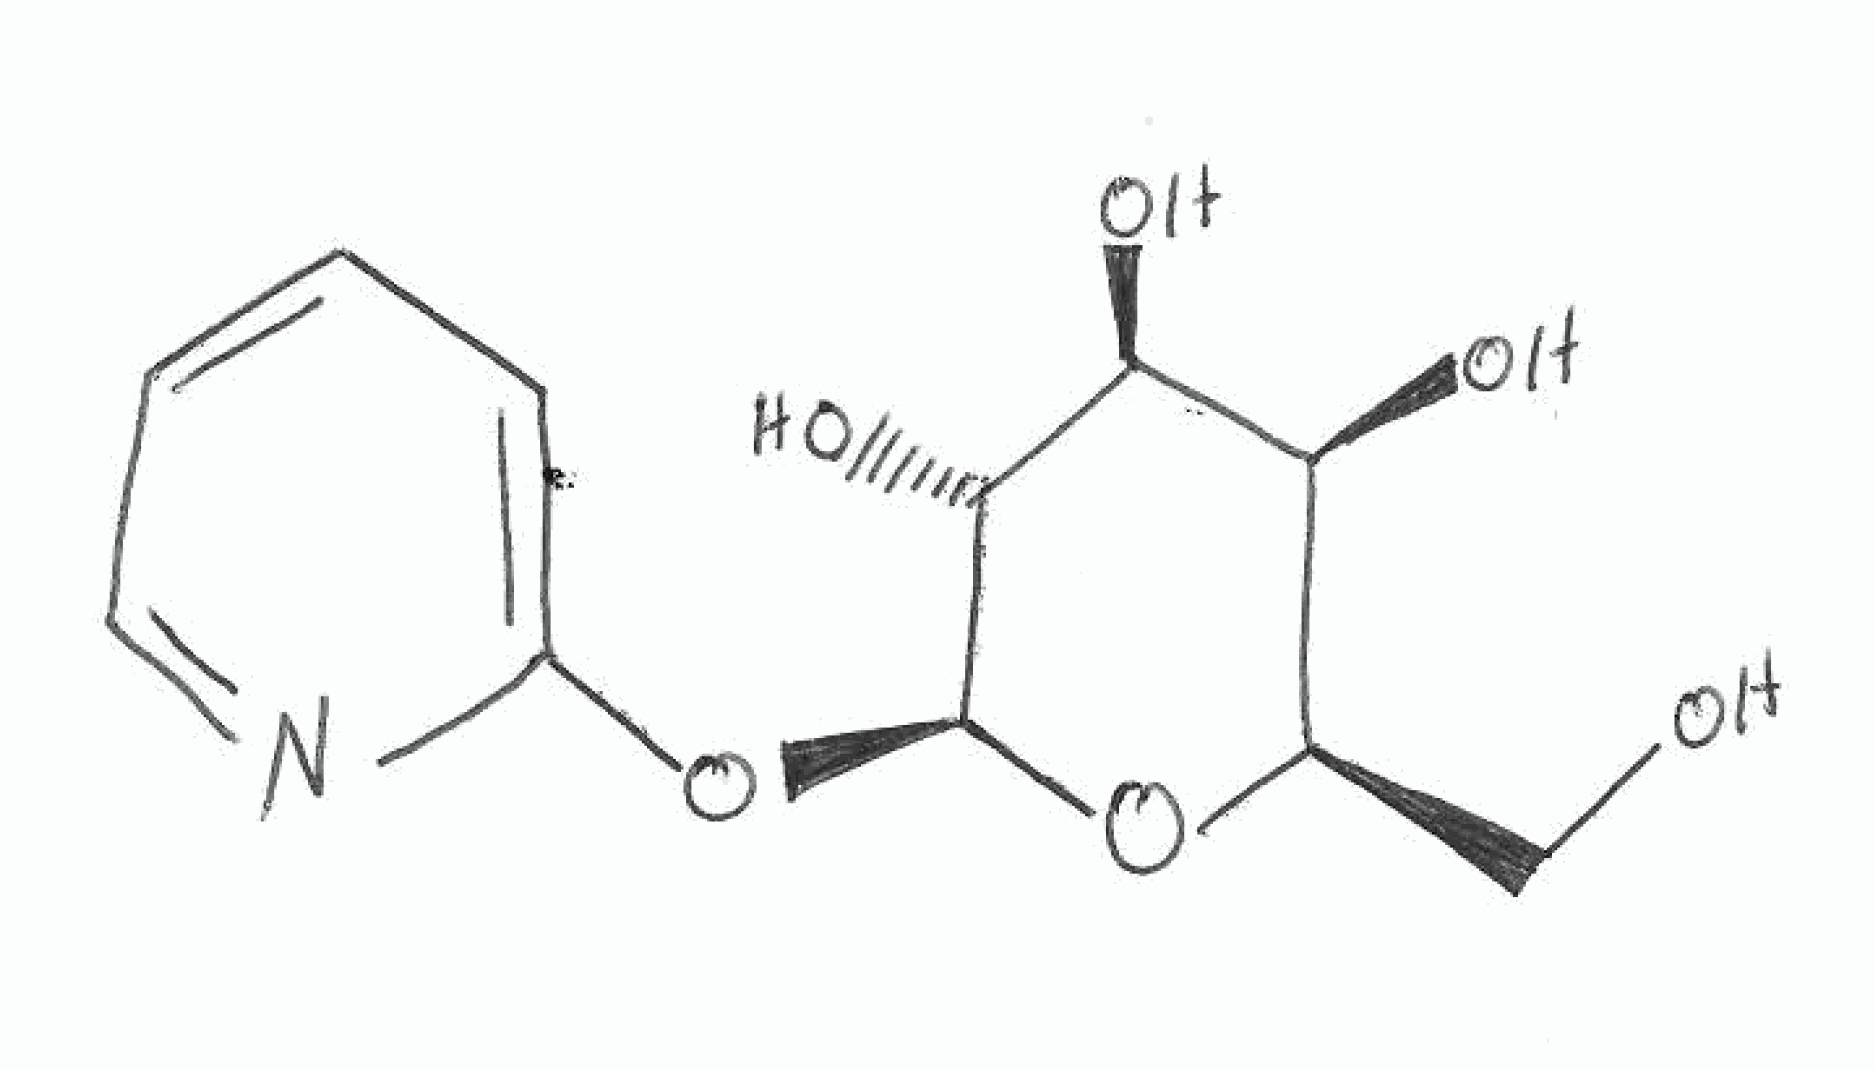
Simplified molecular-input line-entry system (SMILES) notation of the given molecule:
C1=CC=NC(=C1)O[C@H]2[C@@H]([C@H]([C@H]([C@H](O2)CO)O)O)O